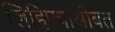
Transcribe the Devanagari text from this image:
लिहिण्यासोबत